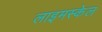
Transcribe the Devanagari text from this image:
लाइमस्केल